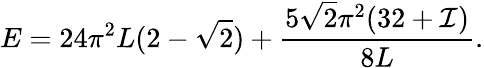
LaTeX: E=24\pi^{2}L(2-\sqrt{2})+\frac{5\sqrt{2}\pi^{2}(32+{\cal I})}{8L}.